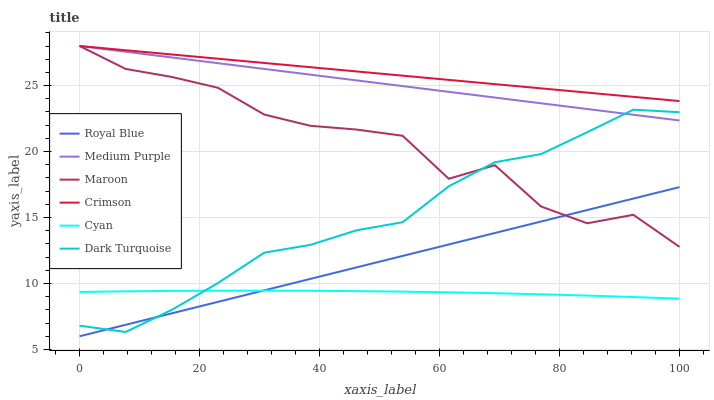
| xaxis_label | Royal Blue | Medium Purple | Maroon | Crimson | Cyan | Dark Turquoise |
 | --- | --- | --- | --- | --- | --- | --- |
 | 0 | 6 | 28 | 28 | 28 | 9.36 | 6.8 |
 | 7.69 | 6.87 | 27.6 | 26.3 | 27.7 | 9.41 | 6.32 |
 | 15.4 | 7.74 | 27.1 | 25.7 | 27.4 | 9.44 | 8.01 |
 | 23.1 | 8.61 | 26.7 | 24.8 | 27 | 9.45 | 10 |
 | 30.8 | 9.48 | 26.3 | 22.8 | 26.7 | 9.46 | 12.3 |
 | 38.5 | 10.3 | 25.8 | 22 | 26.4 | 9.45 | 12.9 |
 | 46.2 | 11.2 | 25.4 | 21.7 | 26.1 | 9.42 | 14 |
 | 53.8 | 12.1 | 25 | 21.2 | 25.8 | 9.38 | 14.6 |
 | 61.5 | 13 | 24.5 | 17.9 | 25.4 | 9.33 | 17.4 |
 | 69.2 | 13.8 | 24.1 | 19 | 25.1 | 9.26 | 19.2 |
 | 76.9 | 14.7 | 23.7 | 15.8 | 24.8 | 9.18 | 19.8 |
 | 84.6 | 15.6 | 23.2 | 14.6 | 24.5 | 9.08 | 21.5 |
 | 92.3 | 16.4 | 22.8 | 15.2 | 24.1 | 8.97 | 23.2 |
 | 100 | 17.3 | 22.4 | 12.8 | 23.8 | 8.85 | 23 |